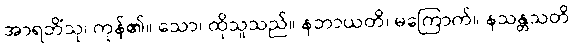
အာရဘိံသု၊ ကုန်၏။ သော၊ ထိုသူသည်။ နဘာယတိ၊ မကြောက်။ နသန္တသတိ၊